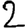
Digit: 2